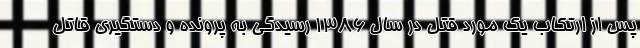
پس از ارتکاب یک مورد قتل در سال ۱۳۸۶ رسیدگی به پرونده و دستگیری قاتل